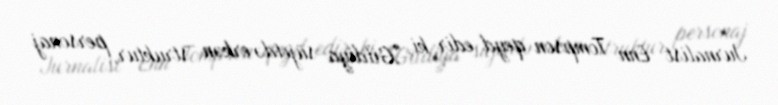
Jurnalist Enn Tompson qeyd edir ki, "Gildiya süjetdə erkən struktur, personaj